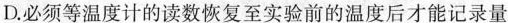
D.必须等温度计的读数恢复至实验前的温度后才能记录量